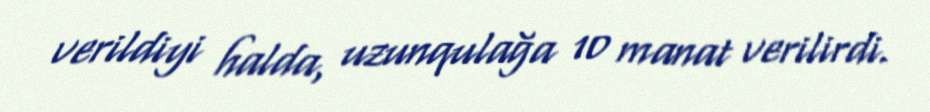
verildiyi halda, uzunqulağa 10 manat verilirdi.